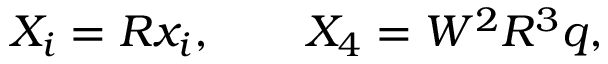
X _ { i } = R x _ { i } , \qquad X _ { 4 } = W ^ { 2 } R ^ { 3 } q ,